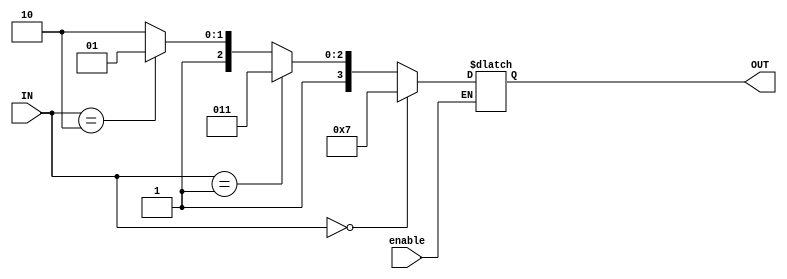
`timescale 1ns / 1ps
//////////////////////////////////////////////////////////////////////////////////
// Company: 
// Engineer: 
// 
// Design Name: 
// Module Name:    MyDecode 
// Project Name: 
// Target Devices: 
// Tool versions: 
// Description: 
//
// Dependencies: 
//
// Revision: 
// Revision 0.01 - File Created
// Additional Comments: 
//
//////////////////////////////////////////////////////////////////////////////////
//Decoder

module Decoder(
input [1:0] IN,
output reg [3:0] OUT,
input enable
);

always @(IN, enable)
begin
if(enable)
begin
if(IN==2'b00)
begin
OUT<=4'b0111;
end
else if(IN==2'b01)
begin
OUT<=4'b1011;
end
else if(IN==2'b10)
begin
OUT<=4'b1101;
end
else if(IN==2'b11)
begin
OUT<=4'b1110;
end
else
begin
OUT<=4'bzzzz;
end
end
end
endmodule